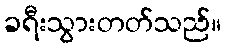
ခရီးသွားတတ်သည်။